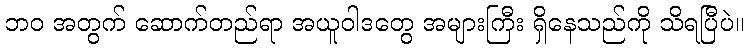
ဘဝ အတွက် ဆောက်တည်ရာ အယူဝါဒတွေ အများကြီး ရှိနေသည်ကို သိရပြီပဲ။